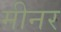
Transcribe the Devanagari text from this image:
मीनर